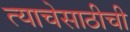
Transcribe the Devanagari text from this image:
त्याचेसाठीची